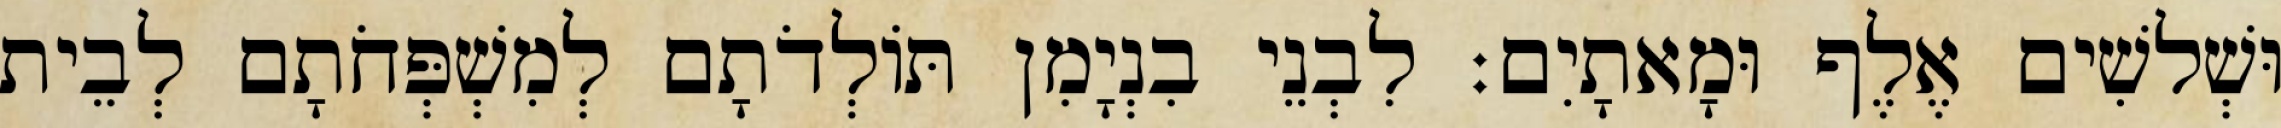
וּשְׁלשִׁים אֶלֶף וּמָאתָיִם׃ לִבְנֵי בִנְיָמִן תּוֹלְדֹתָם לְמִשְׁפְּחֹתָם לְבֵית